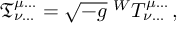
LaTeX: { \mathfrak { T } } _ { \nu \dots } ^ { \mu \dots } = { \sqrt { - g } } \; ^ { W } T _ { \nu \dots } ^ { \mu \dots } \, ,